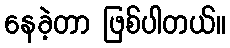
နေခဲ့တာ ဖြစ်ပါတယ်။